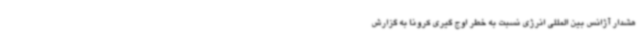
هشدار آژانس بین المللی انرژی نسبت به خطر اوج گیری کرونا به گزارش